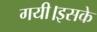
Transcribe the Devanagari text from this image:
गयी।इसके